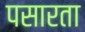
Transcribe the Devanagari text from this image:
पसारता